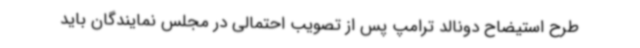
طرح استیضاح دونالد ترامپ پس از تصویب احتمالی در مجلس نمایندگان باید